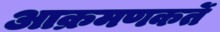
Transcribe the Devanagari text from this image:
आक्रमणकर्ते